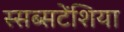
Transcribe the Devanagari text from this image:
स्सब्सटेंशिया